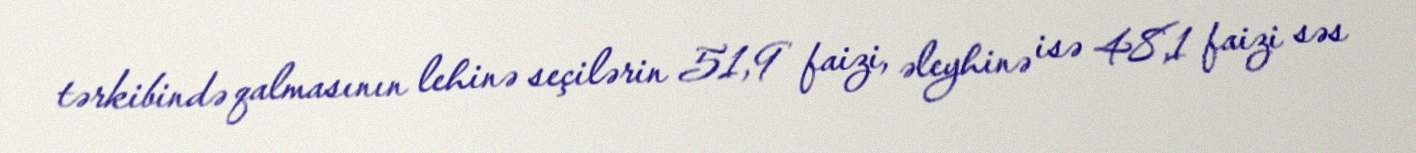
tərkibində qalmasının lehinə seçilərin 51,9 faizi, əleyhinə isə 48,1 faizi səs